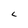
Character: L